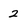
Character: 2